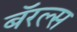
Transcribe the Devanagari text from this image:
बॅरल्स